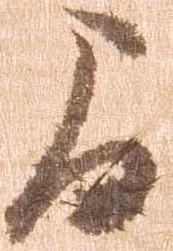
間